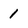
Character: 1